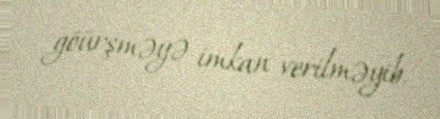
göürşməyə imkan verilməyib.